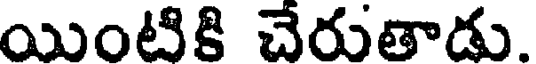
యింటికి చేరుతాడు.